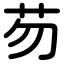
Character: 芴